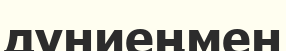
дүниеңмен